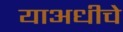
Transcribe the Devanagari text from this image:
याअधीचे